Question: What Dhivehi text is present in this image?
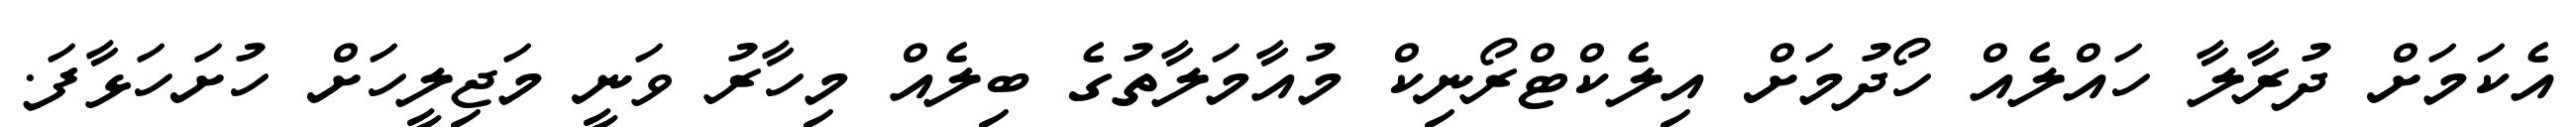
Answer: އެކަމަށް ދުރާލާ ހައްލެއް ހޯދުމަށް އިލެކްޓްރޯނިކް މުއާމަލާތުގެ ބިލެއް މިހާރު ވަނީ މަޖިލީހަށް ހުށަހަޅާފަ.